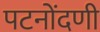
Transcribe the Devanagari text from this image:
पटनोंदणी